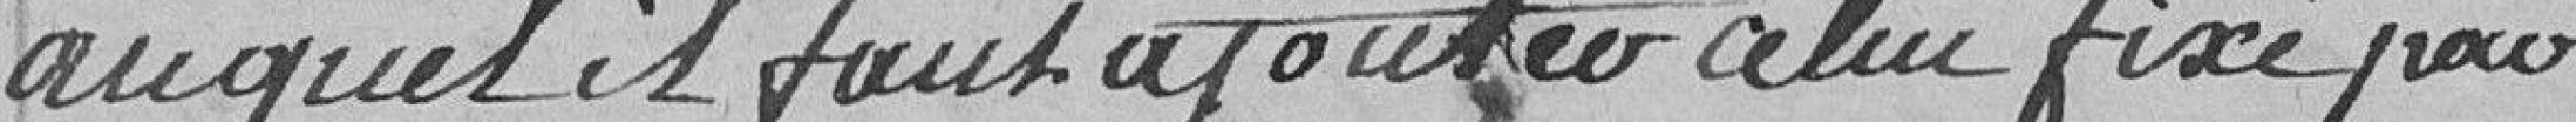
auquel il faut ajouté celui fixé pour